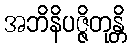
အဘိနိပဇ္ဇိတုန္တိ